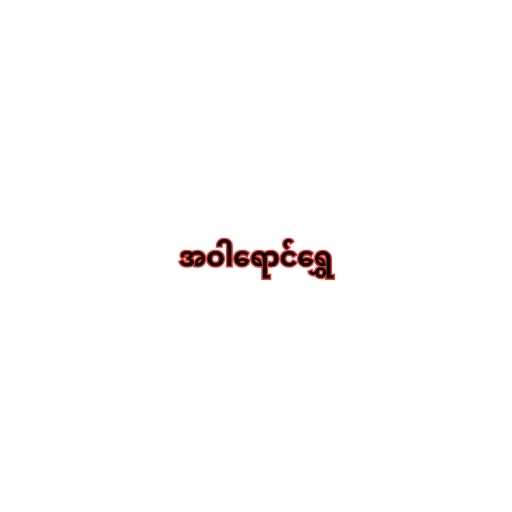
အဝါရောင်ရွှေ